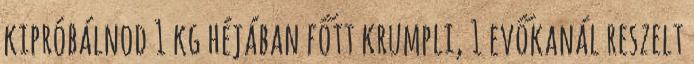
kipróbálnod 1 kg héjában főtt krumpli, 1 evőkanál reszelt